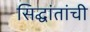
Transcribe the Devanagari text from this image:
सिद्घांतांची